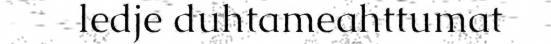
ledje duhtameahttumat